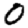
Digit: 0